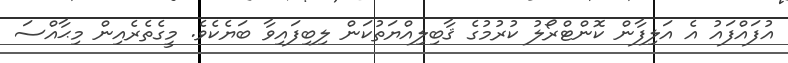
އުފައްފައު އެ އަލިފާން ކޮންޓްރޯލު ކުރުމުގެ ޤާބިލިއްޔަތުކަން ލިބިފައިވާ ބަޔެކެވެ. މީގެތެރެއިން މިޙާއްސަ